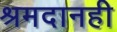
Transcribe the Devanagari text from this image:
श्रमदानही